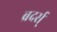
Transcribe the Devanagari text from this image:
ब्रदर्स्